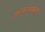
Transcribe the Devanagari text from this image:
कामांवरून